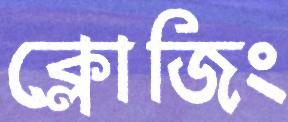
ক্লোজিং